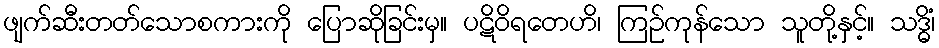
ဖျက်ဆီးတတ်သောစကားကို ပြောဆိုခြင်းမှ။ ပဋိဝိရတေဟိ၊ ကြဉ်ကုန်သော သူတို့နှင့်။ သဒ္ဓိံ၊